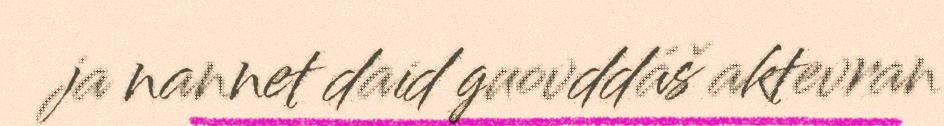
ja nannet daid guovddáš aktevran